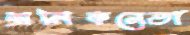
শ্রমিকনেতা